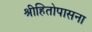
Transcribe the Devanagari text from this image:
श्रीहितोपासना